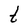
Character: t